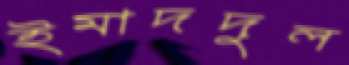
ইমাদদুল